Lunatic asylums in Bengal annual reports 1888-1898 - 1888-1898
Year: 1888
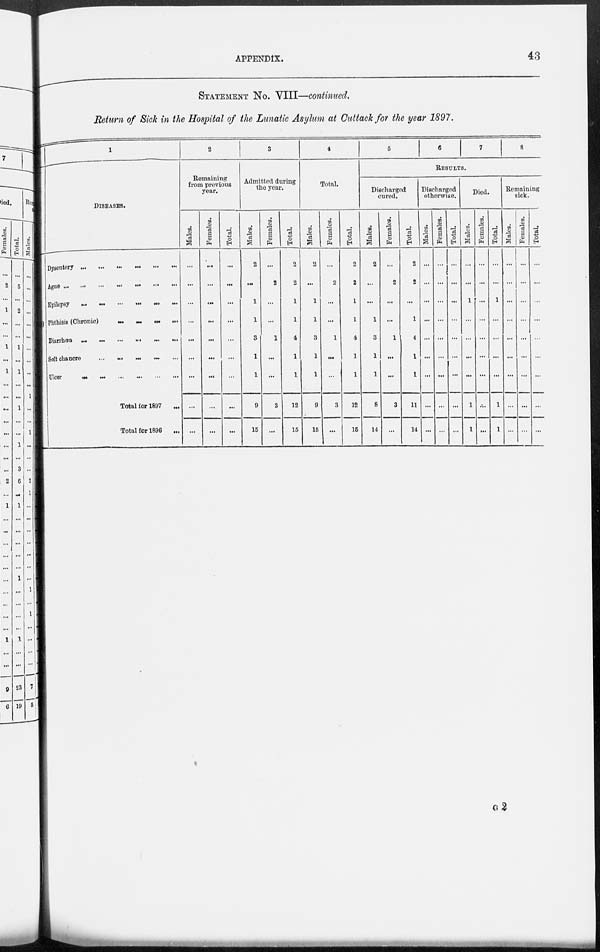
APPENDIX.
43
STATEMENT No. VIII—continued.
Return of Sick in the Hospital of the Lunatic Asylum at Cuttack for the year 1897.
1
DISEASES.
Dysentery
...
...
...
...
...
...
Ague ...
...
...
...
...
...
...
Epilepsy ... ... ... ... ... ...
Phthisis (Chronic)
...
...
...
...
Diarrhœa
...
...
...
...
...
...
Soft chancre ... ... ... ... ...
Ulcer
...
...
...
...
...
...
Total for 1897 ...
Total for 1896 ...
2
Remaining
from previous
year.
Males.
...
...
...
...
...
...
...
...
...
Females.
...
...
...
...
...
...
...
...
...
Total.
...
...
...
...
...
...
...
...
...
3
Admitted during
the year.
Males.
2
...
1
1
3
1
1
9
15
Females.
...
2
...
...
1
...
...
3
...
Total.
2
2
1
1
4
1
1
12
15
4
Total.
Males.
2
...
1
1
3
1
1
9
15
Females.
...
2
...
...
1
...
...
3
...
Total.
2
2
1
1
4
1
1
12
15
5
6
7
8
RESULTS.
Discharged
cured.
Males.
2
...
...
1
3
1
1
8
14
Females.
...
2
...
...
1
...
...
3
...
Total.
2
2
...
1
4
1
1
11
14
Discharged
otherwise.
Males.
...
...
...
...
...
...
...
...
...
Females.
...
...
...
...
...
...
...
...
...
Total.
...
...
...
...
...
...
...
...
...
Died.
Males.
...
...
1
...
...
...
...
1
1
Females.
...
...
...
...
...
...
...
...
...
Total.
...
...
1
...
...
...
...
1
1
Remaining
sick.
Males.
...
...
...
...
...
...
...
...
...
Females.
...
...
...
...
...
...
...
...
...
Total.
...
...
...
...
...
...
...
...
...
G 2